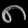
Digit: ၈